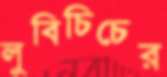
লুবিচিচের